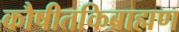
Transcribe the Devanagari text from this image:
कौषीतकिब्राह्मण